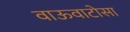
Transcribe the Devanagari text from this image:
वाऊवाटोसा